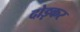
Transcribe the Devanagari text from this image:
दोड़कर